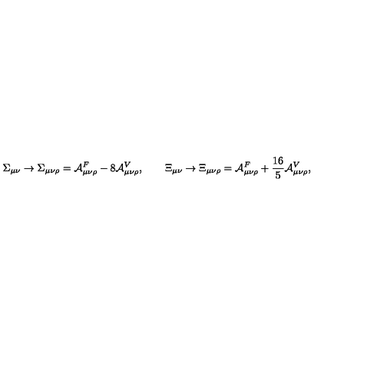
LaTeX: \Sigma _ { \mu \nu } \rightarrow \Sigma _ { \mu \nu \rho } = { \cal A } _ { \mu \nu \rho } ^ { F } - 8 { \cal A } _ { \mu \nu \rho } ^ { V } , \qquad \Xi _ { \mu \nu } \rightarrow \Xi _ { \mu \nu \rho } = { \cal A } _ { \mu \nu \rho } ^ { F } + { \frac { 1 6 } { 5 } } { \cal A } _ { \mu \nu \rho } ^ { V } ,